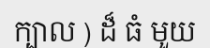
ក្បាល ) ដ៏ ធំ មួយ